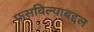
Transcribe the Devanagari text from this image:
फसविल्याबद्दल